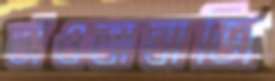
ভাঁওতাবাজি